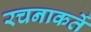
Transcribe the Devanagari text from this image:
रचनाकर्ते